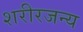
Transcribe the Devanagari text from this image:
शरीरजन्य